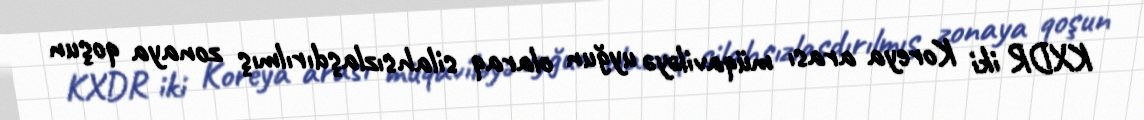
KXDR iki Koreya arası müqaviləyə uyğun olaraq silahsızlaşdırılmış zonaya qoşun